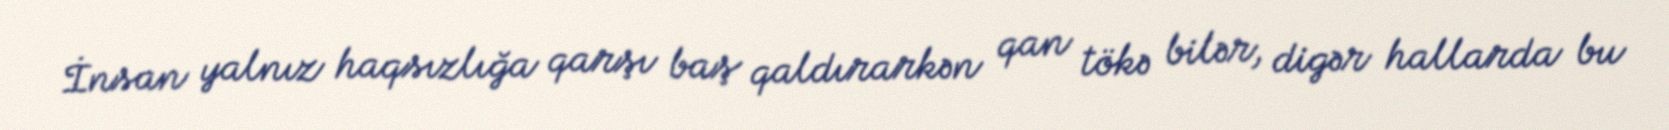
İnsan yalnız haqsızlığa qarşı baş qaldırarkən qan tökə bilər, digər hallarda bu